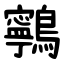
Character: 鸋